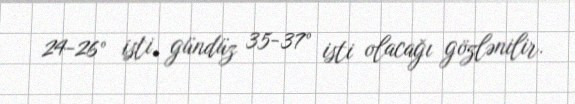
24-26° isti, gündüz 35-37° isti olacağı gözlənilir.